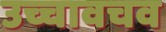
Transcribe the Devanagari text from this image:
उच्चावचव